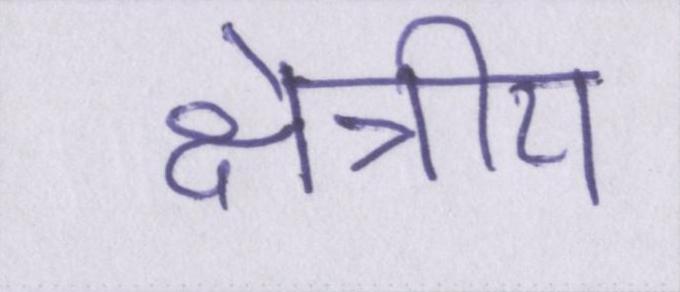
क्षेत्रीय